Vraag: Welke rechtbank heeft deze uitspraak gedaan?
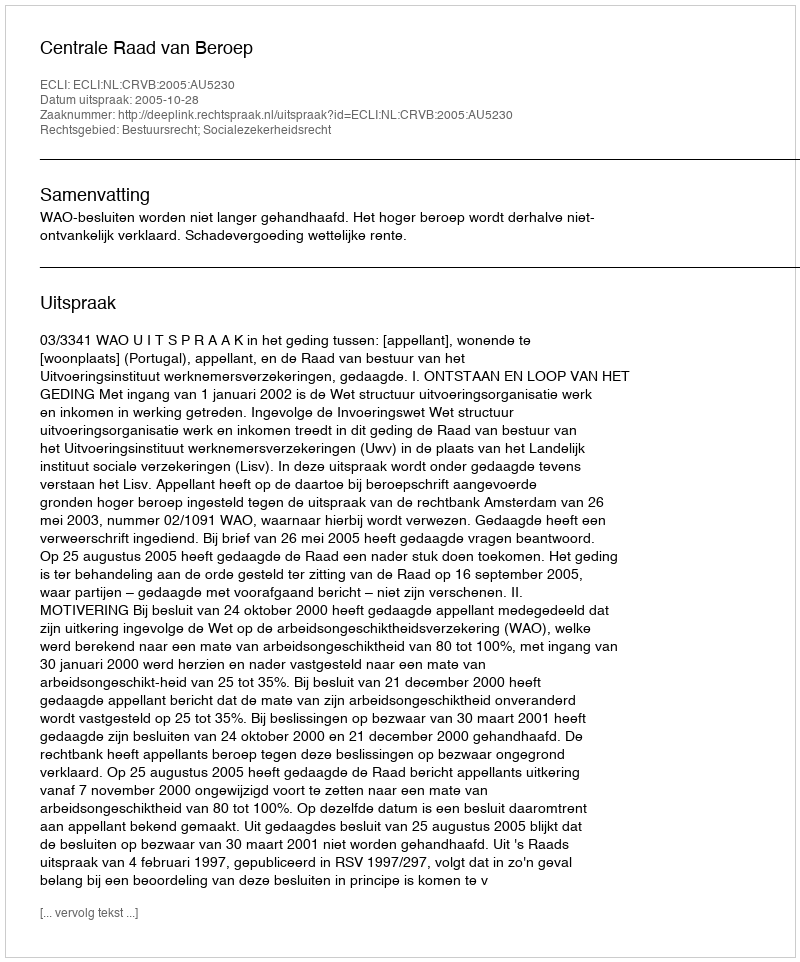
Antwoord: Centrale Raad van Beroep